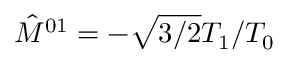
\hat { M } ^ { 0 1 } = - \sqrt { 3 / 2 } T _ { 1 } / T _ { 0 }